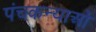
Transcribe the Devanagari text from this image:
पंचकन्याओं